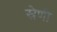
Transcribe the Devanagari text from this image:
स्रेणी